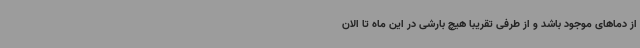
از دماهای موجود باشد و از طرفی تقریباً هیچ بارشی در این ماه تا الان